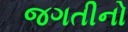
જગતીનો